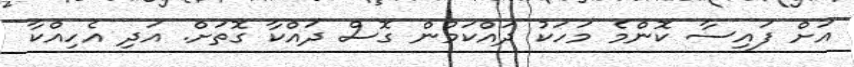
އަށް ފައިސާ ކޮންމެ މަހަކު ދައްކަމުން ގޮސް ދައްކާ ގޮތަށް. އަދި އެހިއްކާ